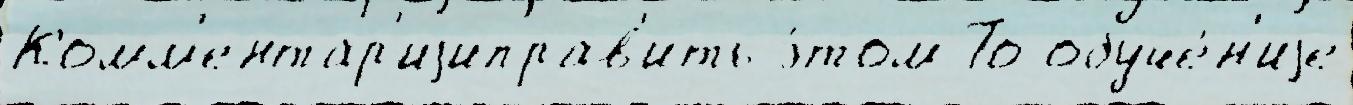
Комм'ентар'иjиправ'ить э́том То обуче́н'иjе